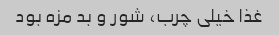
غذا خیلی چرب، شور و بد مزه بود